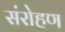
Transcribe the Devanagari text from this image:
संरोहण